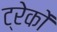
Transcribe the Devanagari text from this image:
ट्रेकों